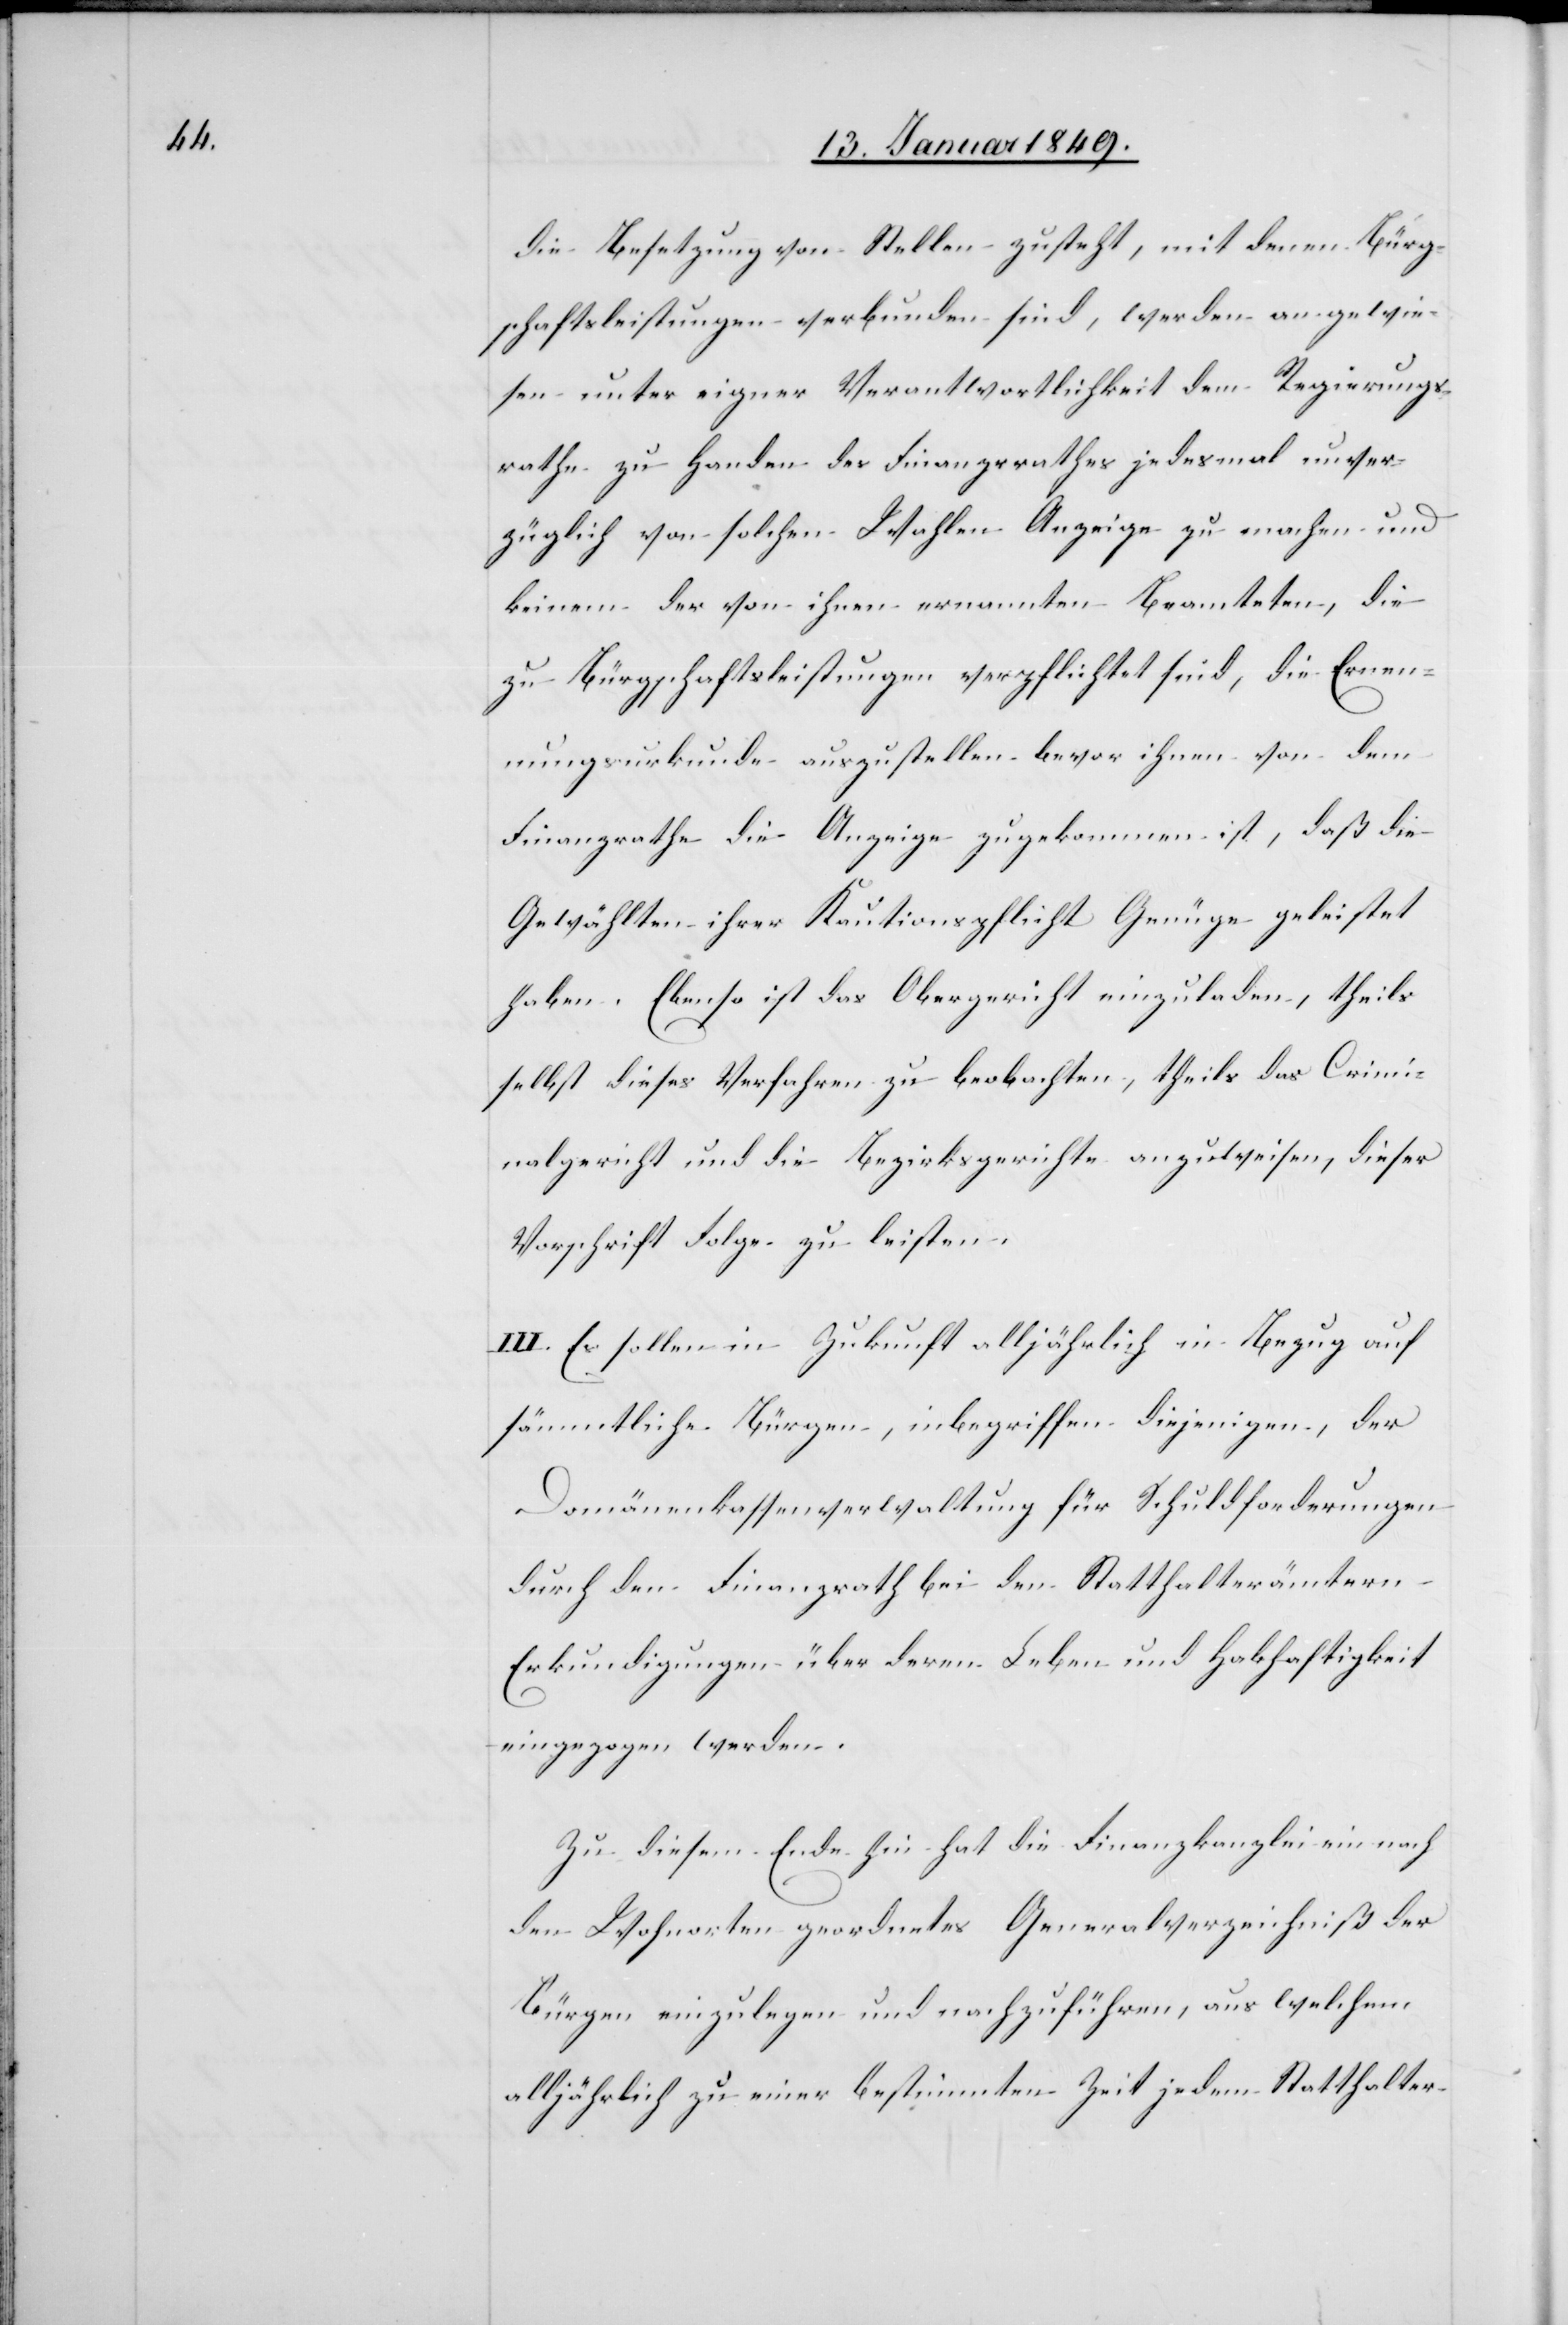
die Besetzung von Stellen zusteht, mit denen Bürg¬
schaftsleistungen verbunden sind, werden angewie¬
sen unter eigner Verantwortlichkeit dem Regierungs¬
rathe zu Handen des Finanzrathes jedesmal unver¬
züglich von solchen Wahlen Anzeige zu machen und
keinem der von ihnen ernannten Beamteten, die
zu Bürgschaftsleistungen verpflichtet sind, die Ernen¬
nungsurkunde auszustellen bevor ihnen von dem
Finanzrathe die Anzeige zugekommen ist, daß die
Gewählten ihrer Kautionspflicht Genüge geleistet
haben. Ebenso ist das Obergericht einzuladen, theils
selbst dieses Verfahren zu beobachten, theils das Crimi¬
nalgericht und die Bezirksgerichte anzuweisen, dieser
Vorschrift Folge zu leisten.
III. Es sollen in Zukunft alljährlich in Bezug auf
sämmtliche Bürgen, inbegriffen diejenigen, der
Domänenkassenverwaltung für Schuldforderungen
durch den Finanzrath bei den Statthalterämtern
Erkundigungen über deren Leben und Habhaftigkeit
eingezogen werden.
Zu diesem Ende hin hat die Finanzkanzlei ein nach
den Wohnorten geordnetes Generalverzeichniß der
Bürgen einzulegen und nachzuführen, aus welchem
alljährlich zu einer bestimmten Zeit jedem Statthalter-